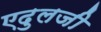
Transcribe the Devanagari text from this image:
एदुलजी